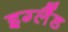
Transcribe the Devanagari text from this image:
इग्‍लैंड